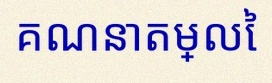
គណនាតម្លៃ